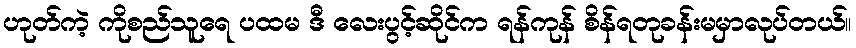
ဟုတ်ကဲ့ ကိုစည်သူရေ ပထမ ဒီ လေးပွင့်ဆိုင်က ရန်ကုန် စိန်ရတုခန်းမမှာလုပ်တယ်။